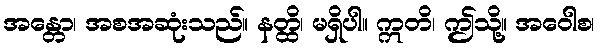
အန္တော၊ အစအဆုံးသည်။ နတ္ထိ၊ မရှိပါ။ ဣတိ၊ ဤသို့။ အဝေါစ၊